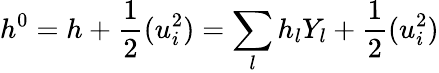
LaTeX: h^{0}=h+\frac{1}{2}(u_{i}^{2})=\sum_{l}{h_{l}{Y_{l}}}+\frac{1}{2}(u_{i}^{2})